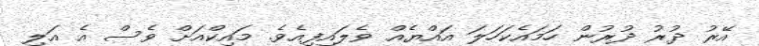
އޭރު ދުރު ދުރުން ހަމައެކަހަލަ އައްޔެއް ވެލައިފިއެވެ. މައިކްއަށް ވެސް އެ އަލި